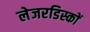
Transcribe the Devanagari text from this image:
लेजरडिस्कों